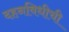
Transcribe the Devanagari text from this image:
दहनविधीची